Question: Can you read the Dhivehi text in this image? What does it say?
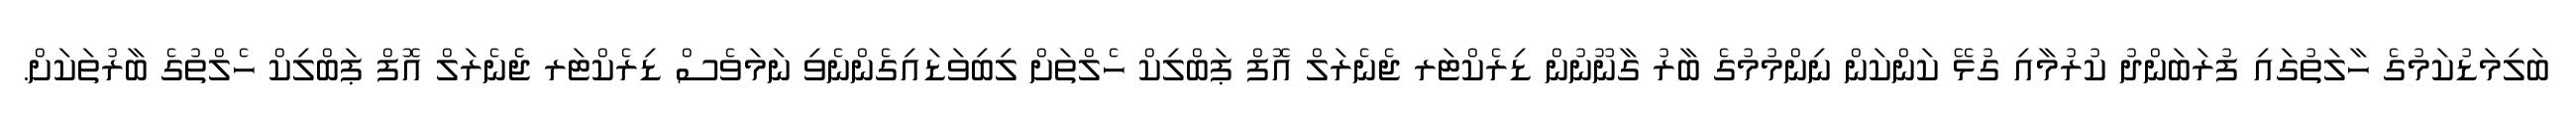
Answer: ބަލިމަޑުކަމުގެ ހާލަތުގައި ފުރަބަންދު ކުރުމާއި ގުޅޭ ކަންކަން ނިންމުމުގެ ބާރު ގާނޫނުން ޑިރެކްޓަރ ޖެނެރަލް އޮފް ޕަބްލިކް ހެލްތަށް ލިބިވަޑައިގެންނެވި ނަމަވެސް ޑިރެކްޓަރ ޖެެނެރަލް އޮފް ޕަބްލިކް ހެލްތުގެ ބާރުތަކަށް.